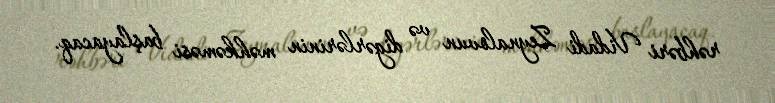
rəhbəri Vidadi Zeynalovun və digərlərinin məhkəməsi başlayacaq.